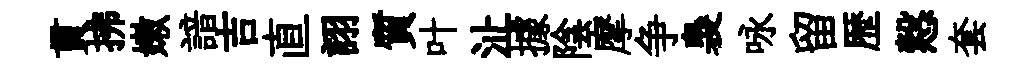
貫拂嫩諳吉直詡質叶沚據陰摩争裊咏留歴慤套